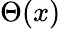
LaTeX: \Theta(x)